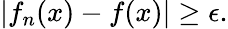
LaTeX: |f_{n}(x)-f(x)|\geq\epsilon.